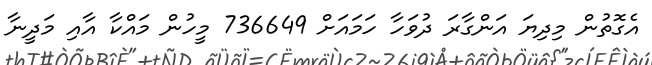
އެގޮތުން މިދިޔަ އަންގާރަ ދުވަހާ ހަމައަށް 736649 މީހުން މައްކާ އާއި މަދީނާ